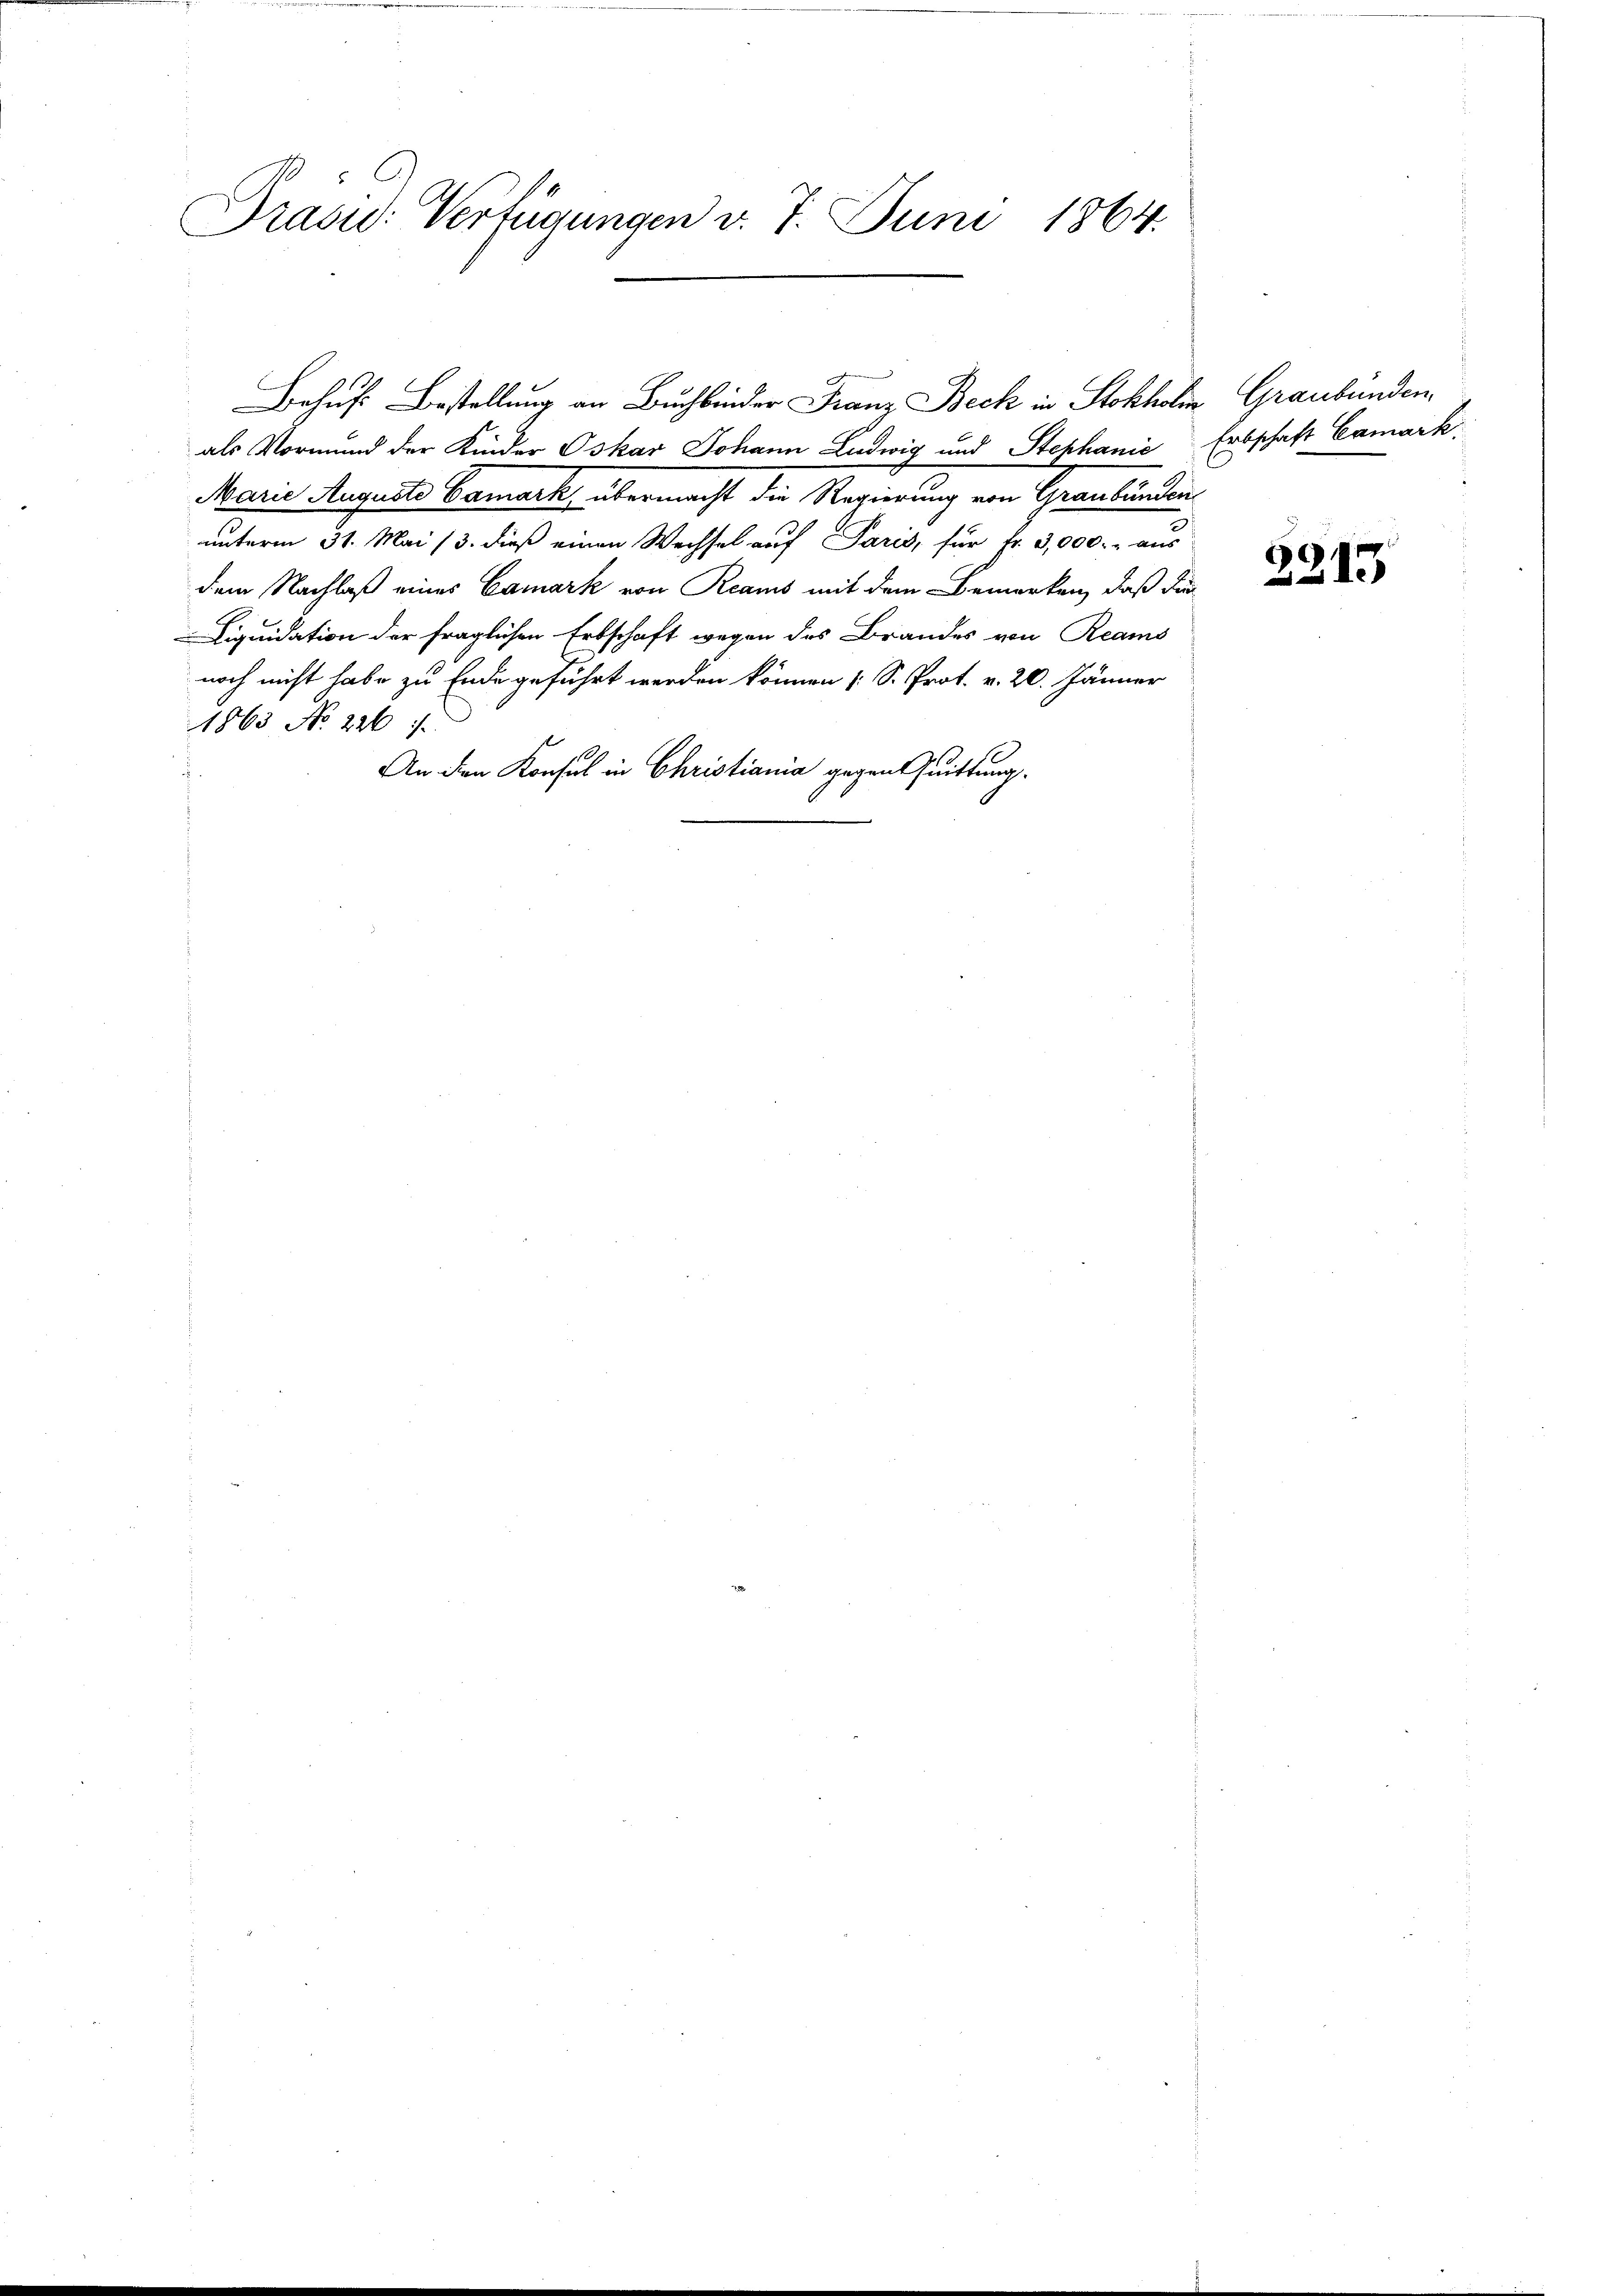
Pras: Verfügungen d. 7. Juni 1864.

als Vormund der Kinder Oskar Johann Ludwig und Stephanić Erbschaft Camark
Marie Mengeste Gamack, übermacht der Regierung von Graubünden
unterm 31. Mai 13. dieß einen Wechsel auf Paris, für Fr. 3,000.- aus
dem Nachlaß eines Camark von Reams mit dem Bemerken, daß die
Liquidation der fraglichen Erbschaft wegen des Brandes von Reams
noch nicht habe zu Ende geführt werden können (S. Prot. v. 20. Jänner
1863 No 226
An den Konsul in Christiania gegen Quittung.

e
Behuf: Bestellung an Buchbinder Franz Beck in Stokholen Graubünden

3215